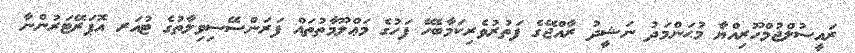
ރައީސުލްޖުމްހޫރިއްޔާ މުޙަންމަދު ނަޝީދު ރާއްޖޭގެ ފަތުރުވެރިކަމާބެހޭ ފަހުގެ މަޢްލޫމާތުތައް ފަރަންސޭސިވިލާތުގެ ޓުއަރ އޮޕަރޭޓަރުންނާ